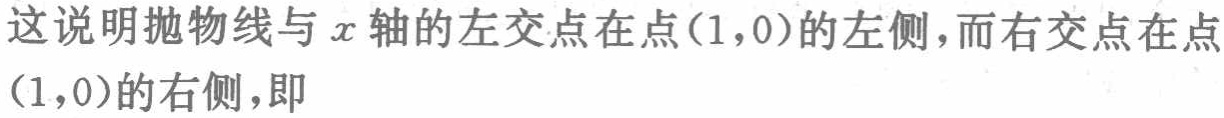
这说明抛物线与\(x\)轴的左交点在点\((1,0)\)的左侧，而右交点在点\((1,0)\)的右侧，即